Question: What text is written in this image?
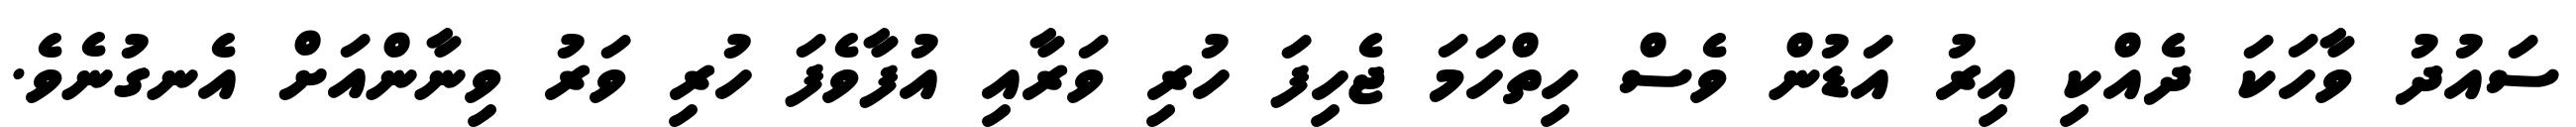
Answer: ސައުދު ވާހަކަ ދެއްކި އިރު އަޑުން ވެސް ހިތްހަމަ ޖެހިފަ ހުރި ވަރާއި އުފާވެފަ ހުރި ވަރު ވިނާންއަށް އެނގުނެވެ.